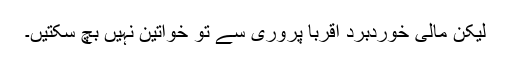
لیکن مالی خوردبرد اقربا پروری سے تو خواتین نہیں بچ سکتیں۔